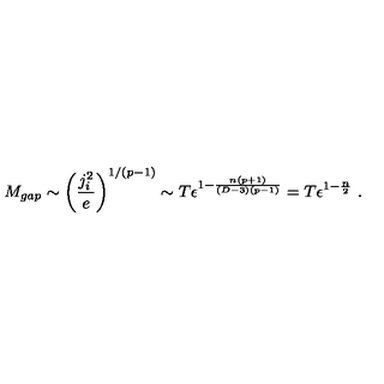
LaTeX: M _ { g a p } \sim \left( { \frac { j _ { i } ^ { 2 } } { e } } \right) ^ { 1 / ( p - 1 ) } \sim T \epsilon ^ { 1 - { \frac { n ( p + 1 ) } { ( D - 3 ) ( p - 1 ) } } } = T \epsilon ^ { 1 - { \frac { n } { 2 } } } \ .